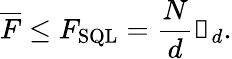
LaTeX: \overline{F}\leq F_{\mathrm{SQL}}=\frac{N}{d}\mathbb{1}_{d}.